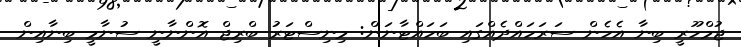
ޖުމްހޫރީ ބިނާ އެހެން ސަރަހައްދެއްގައި ބަަހައްޓާނަން: މިނިސްޓަރު ބްރިޖް އޮންނާނީ ސުނާމީ ބިނާއިން